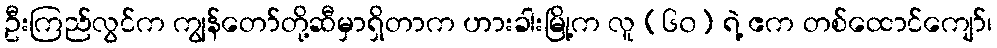
ဦးကြည်လွင်က ကျွန်တော်တို့ဆီမှာရှိတာက ဟားခါးမြို့က လူ (၆၀) ရဲ့ ဧက တစ်ထောင်ကျော်၊